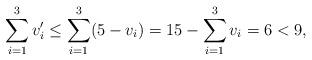
LaTeX: \begin{align*}\sum\limits_{i=1}^{3}v_i' \leq \sum\limits_{i=1}^{3}(5-v_i) = 15-\sum\limits_{i=1}^{3}v_i = 6 < 9,\end{align*}